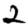
Digit: 2